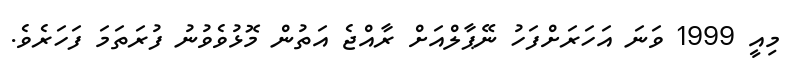
މިއީ 1999 ވަނަ އަހަރަށްފަހު ނޭޕާލްއަށް ރާއްޖެ އަތުން މޮޅުވެވުނު ފުރަތަމަ ފަހަރެވެ.